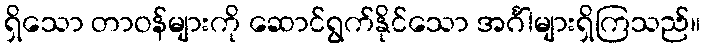
ရှိသော တာဝန်များကို ဆောင်ရွက်နိုင်သော အင်္ဂါများရှိကြသည်။